Lunatic asylums Punjab 1868-1880 - 1868-1880
Year: 1868
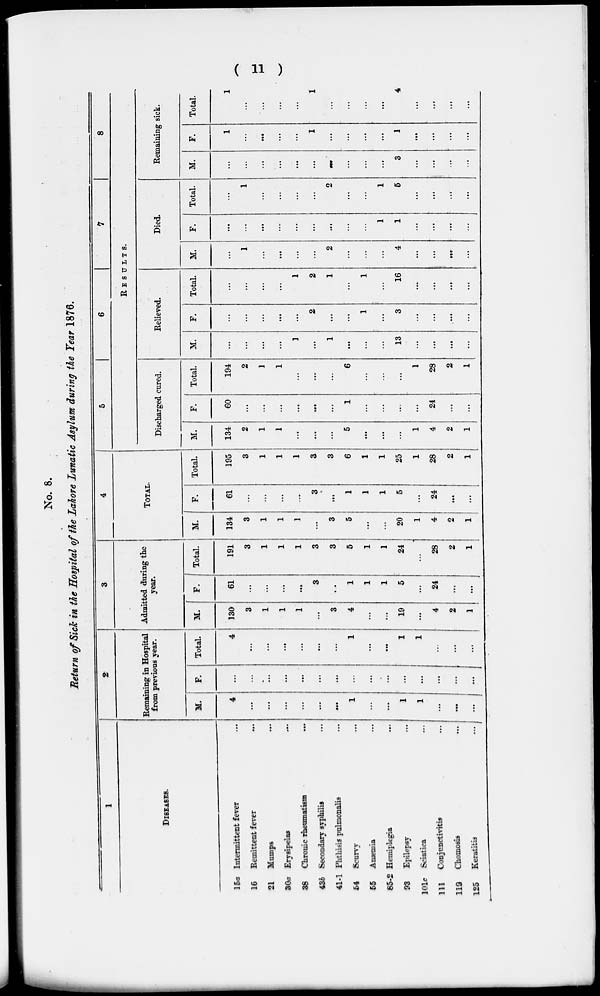
( 11 )
No. 8.
Return of Sick in the Hospital of the Lahore Lunatic Asylum during the Year 1876.
1
DISEASES.
15a
16
21
30a
38
43b
41-1
64
65
85-2
93
101c
111
119
125
Intermittent fever ...
Remittent fever ...
Mumps ...
Erysipelas ...
Chronic rheumatism ...
Secondary syphilis ...
Phthisis pulmonalis ...
Scurvy ...
Anaemia ...
Hemiplegia ...
Epilepsy ...
Sciatica ...
Conjcnctivitis ...
Chomosis ...
Keratitis ...
2
Remaining in Hospital
from previous year.
M.
4
. ..
...
...
...
...
...
1
...
...
1
1
...
...
...
F.
...
...
...
...
...
...
. ..
...
...
...
...
...
...
...
...
Total.
4
...
...
...
...
...
...
1
...
...
1
1
...
...
...
3
Admitted during the
year.
M.
130
3
1
1
1
...
3
4
...
...
19
...
4
2
1
F.
61
...
...
...
...
3
...
1
1
1
5
...
24
...
...
Total.
191
3
1
1
1
3
3
5
1
1
24
...
28
2
1
4
TOTAL.
M.
134
3
1
1
1
...
3
5
...
...
20
1
4
2
1
F.
61
...
...
...
...
3
...
1
1
1
5
...
24
...
...
Total.
195
3
1
1
1
3
3
6
1
1
25
1
28
2
1
5
6
7
8
RESULTS.
Discharged cured.
M.
134
2
1
1
...
...
...
5
...
...
...
1
4
2
1
F.
60
...
...
...
...
...
...
1
...
...
...
...
24
...
...
Total.
194
2
1
1
...
...
...
6
...
...
...
1
28
2
1
Relieved.
M.
...
...
...
...
1
...
1
...
...
. ..
13
...
...
...
...
F.
...
...
...
. ..
...
2
...
...
1
...
3
...
...
. ..
...
Total.
...
...
...
...
1
2
1
...
1
...
16
...
...
...
...
Died.
M.
...
1
...
...
...
...
2
...
...
...
4
...
...
...
...
F.
...
...
...
...
...
...
...
...
...
1
1
...
...
...
...
Total.
...
1
...
...
...
...
2
...
...
1
6
...
...
...
...
Remaining sick.
M.
...
...
...
...
...
...
...
...
...
. ..
3
...
...
...
. ..
F.
1
...
...
...
...
1
...
...
...
...
1
...
...
...
...
Total.
1
...
...
...
...
1
...
...
...
. ..
4
...
...
...
...